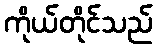
ကိုယ်တိုင်သည်